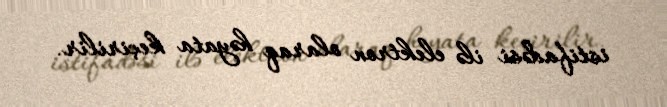
istifadəsi ilə elektron olaraq həyata keçirilir.